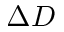
\Delta \boldsymbol { D }